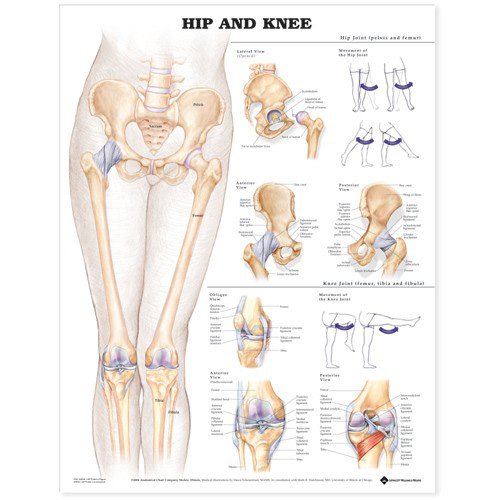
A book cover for Hip and Knee Anatomical Chart; Anatomical Chart Company; Medical Books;